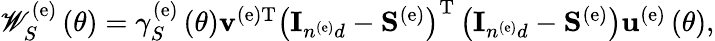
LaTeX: \begin{array}{r}{{\mathscr W}_{S}^{\left(\mathrm{e}\right)}\left(\theta\right)=\gamma_{S}^{\left(\mathrm{e}\right)}\left(\theta\right){\mathbf v}^{\left(\mathrm{e}\right)\mathrm{T}}\left({\mathbf I}_{n^{\left(\mathrm{e}\right)}d}-{\mathbf S}^{\left(\mathrm{e}\right)}\right)^{\mathrm{T}}\left({\mathbf I}_{n^{\left(\mathrm{e}\right)}d}-{\mathbf S}^{\left(\mathrm{e}\right)}\right){\mathbf u}^{\left(\mathrm{e}\right)}\left(\theta\right),}\end{array}